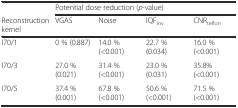
|  | <COLSPAN=4> Potential dose reduction (p-value) |
 | Reconstruction kernel | VGAS | Noise | IQFinv | CNRteflon |
 | --- | --- | --- | --- | --- |
 | I70/1 | 0 % (0.887) | 14.0 % (<0.001) | 22.7 % (0.034) | 16.0 % (<0.001) |
 | I70/3 | 27.0 % (0.021) | 31.4 % (<0.001) | 23.0 % (0.031) | 35.8% (<0.001) |
 | I70/5 | 37.4 % (0.001) | 67.8 % (<0.001) | 50.6 % (<0.001) | 71.5 % (<0.001) |